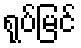
ရုပ်မြင်